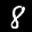
Label: 8